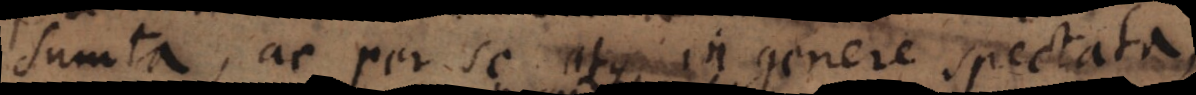
sumta, ac per se atque in genere spectata,